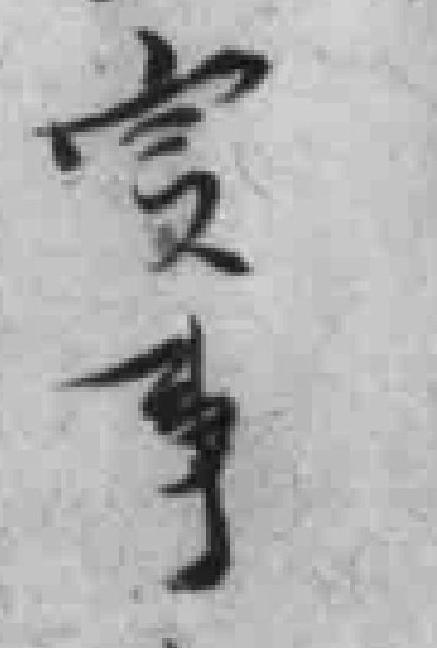
實事